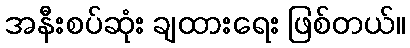
အနီးစပ်ဆုံး ချထားရေး ဖြစ်တယ်။